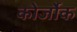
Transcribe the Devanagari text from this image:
कोर्जोक